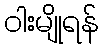
ဝါးမျိုရန်